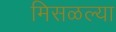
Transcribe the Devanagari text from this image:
मिसळल्या